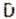
D